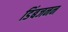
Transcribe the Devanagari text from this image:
डिंबजनन